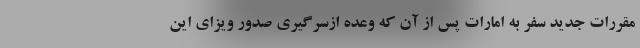
مقررات جدید سفر به امارات پس از آن که وعده ازسرگیری صدور ویزای این